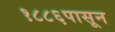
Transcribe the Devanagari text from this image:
१८८६पासून